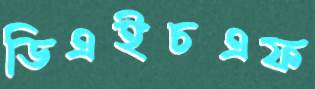
ডিএইচএফ